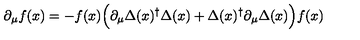
\partial _ { \mu } f ( x ) = - f ( x ) \Bigl ( \partial _ { \mu } \Delta ( x ) ^ { \dagger } \Delta ( x ) + \Delta ( x ) ^ { \dagger } \partial _ { \mu } \Delta ( x ) \Bigr ) f ( x )